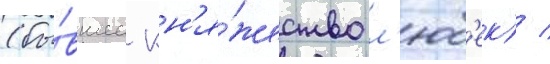
(бы́вшее кн'я́жество л'юб'ек) /